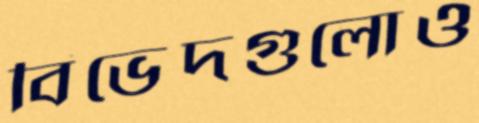
বিভেদগুলোও